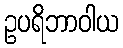
ဥပရိဘာဝါယ